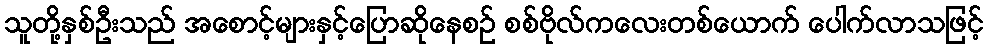
သူတို့နှစ်ဦးသည် အစောင့်များနှင့်ပြောဆိုနေစဉ် စစ်ဗိုလ်ကလေးတစ်ယောက် ပေါက်လာသဖြင့်